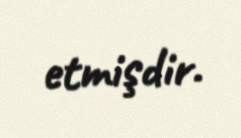
etmişdir.